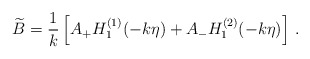
\begin{align*}\widetilde{B} = {1\over k} \left[ A_+ H_1^{(1)}(-k\eta) + A_- H_1^{(2)}(-k\eta) \right] \, .\end{align*}